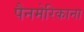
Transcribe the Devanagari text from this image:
पैनमेरिकाना